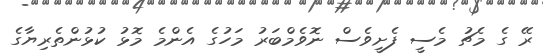
ރޭ ގެ މެޗު މެސީ ފެށީވެސް ނޮވެމްބަރު މަހުގެ އެންމެ މޮޅު ކުޅުންތެރިޔާގެ